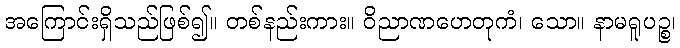
အကြောင်းရှိသည်ဖြစ်၍။ တစ်နည်းကား။ ဝိညာဏဟေတုကံ၊ သော။ နာမရူပဉ္စ၊